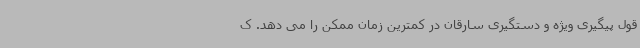
قول پیگیری ویژه و دستگیری سارقان در کمترین زمان ممکن را می دهد. ک